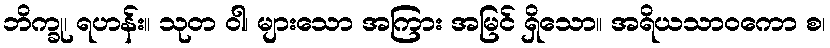
ဘိက္ခု၊ ရဟန်း။ သုတ ဝါ၊ များသော အကြား အမြင် ရှိသော။ အရိယသာဝကော စ၊